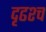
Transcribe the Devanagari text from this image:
दृढश्च